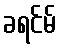
ခရင်မ်